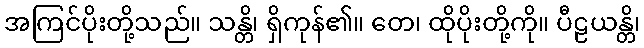
အကြင်ပိုးတို့သည်။ သန္တိ၊ ရှိကုန်၏။ တေ၊ ထိုပိုးတို့ကို။ ပီဠယန္တိ၊